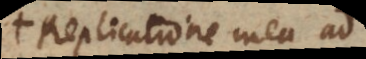
in Replicatione mea ad